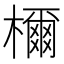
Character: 檷